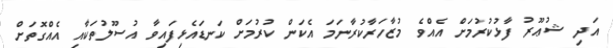
އަދި ޝުޢޫރު ފާޅުކުރުމަށް އެއްވެ މުޒާހަރާކުރާނަމަ އެކަން ކުރުމަށް ކަނޑައެޅިފައިވާ އުސޫލުތަކާއި އެއްގޮތަށް